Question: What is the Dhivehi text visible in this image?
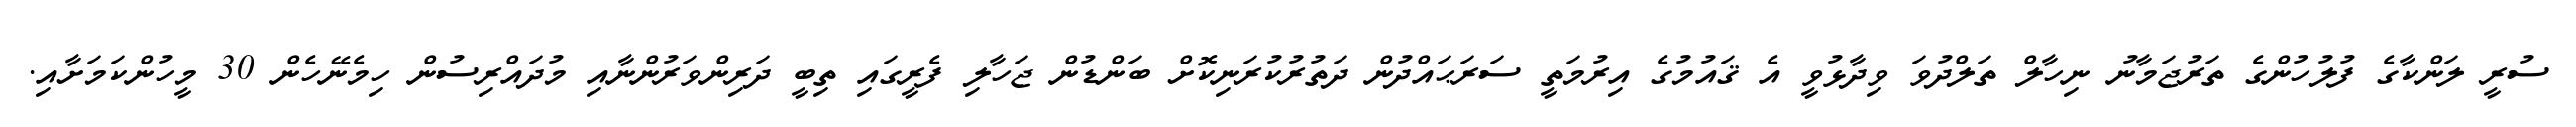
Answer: ސުރީ ލަންކާގެ ފުލުހުންގެ ތަރުޖަމާނު ނިހާލް ތަލްދުވަ ވިދާޅުވީ އެ ޤައުމުގެ އިރުމަތީ ސަރަޙައްދުން ދަތުރުކުރަނިކޮށް ބަންޑުން ޖަހާލި ފެރީގައި ތިބީ ދަރިންވަރުންނާއި މުދައްރިސުން ހިމެނޭހެން 30 މީހުންކަމަށާއި.